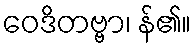
ဝေဒိတဗ္ဗာ၊ န်၏။